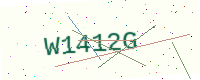
Text: W1412G